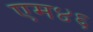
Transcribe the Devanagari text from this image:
एम४६